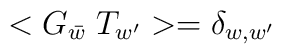
<G_{\bar{w}}\; T_{w^{\prime}}> = \delta_{w,w^{\prime}}